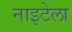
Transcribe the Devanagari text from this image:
नाइटेला